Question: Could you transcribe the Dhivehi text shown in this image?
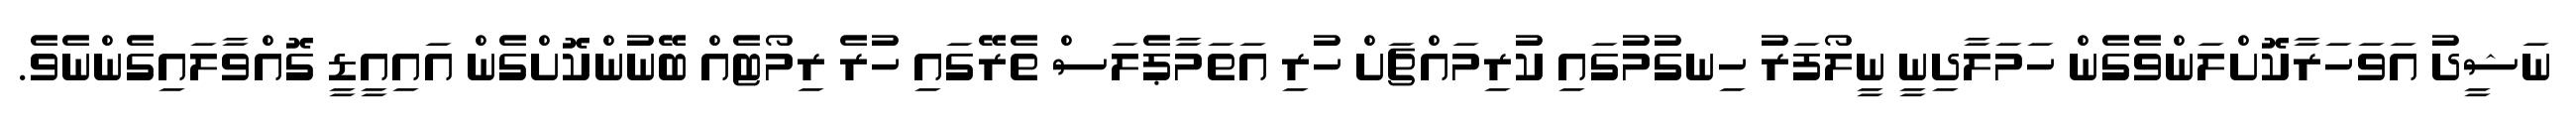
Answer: ނަޝީދު އަވަހަރާކޮށްލަންވެގެން ހަމަލާދިނީ ނީލޯފަރު ހިނގުމުގައި ކުރިމައްޗަށް ހުރި އަތަމާޕެލަސް ތެރޭގައި ހުރެ ރިމޯޓެއް ބޭނުންކޮށްގެން އައިއީޑީ ގޮއްވާލައިގެންނެވެ.